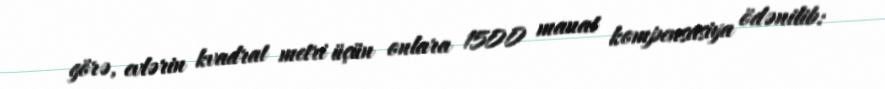
görə, evlərin kvadrat metri üçün onlara 1500 manat kompensasiya ödənilib: